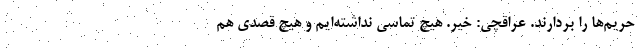
حریم‌ها را بردارند. عراقچی: خیر. هیچ تماسی نداشته‌ایم و هیچ قصدی هم